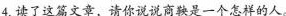
4.读了这篇文章，请你说说商鞅是一个怎样的人。